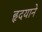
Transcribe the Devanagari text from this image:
हृदयाने